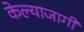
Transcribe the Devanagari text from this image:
केल्याजागी